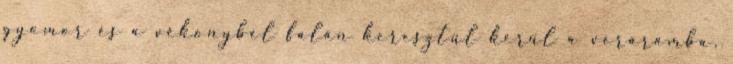
gyomor és a vékonybél falán keresztül kerül a véráramba.